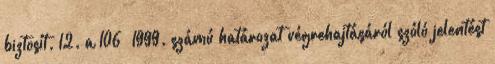
biztosít. 12. a 106 1999. számú határozat végrehajtásáról szóló jelentést